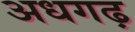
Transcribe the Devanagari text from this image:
अधगढ़